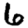
Digit: 6